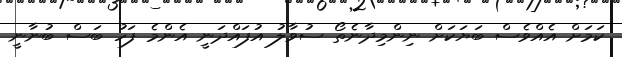
ކަމަށް އެއްވެސް ބަޔަކަށް ނިންމިދާނެތޯ ސުވާލު އުފައްދަނީ އެންމެ ފަހު ބަސް ބުނާނީ